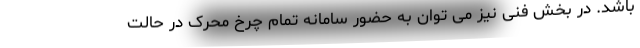
باشد. در بخش فنی نیز می توان به حضور سامانه تمام چرخ محرک در حالت